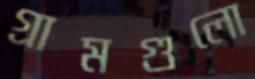
গ্রামগুলো